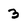
Character: 3